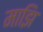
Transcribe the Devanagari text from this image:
माझि